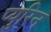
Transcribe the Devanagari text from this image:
प्युरिन